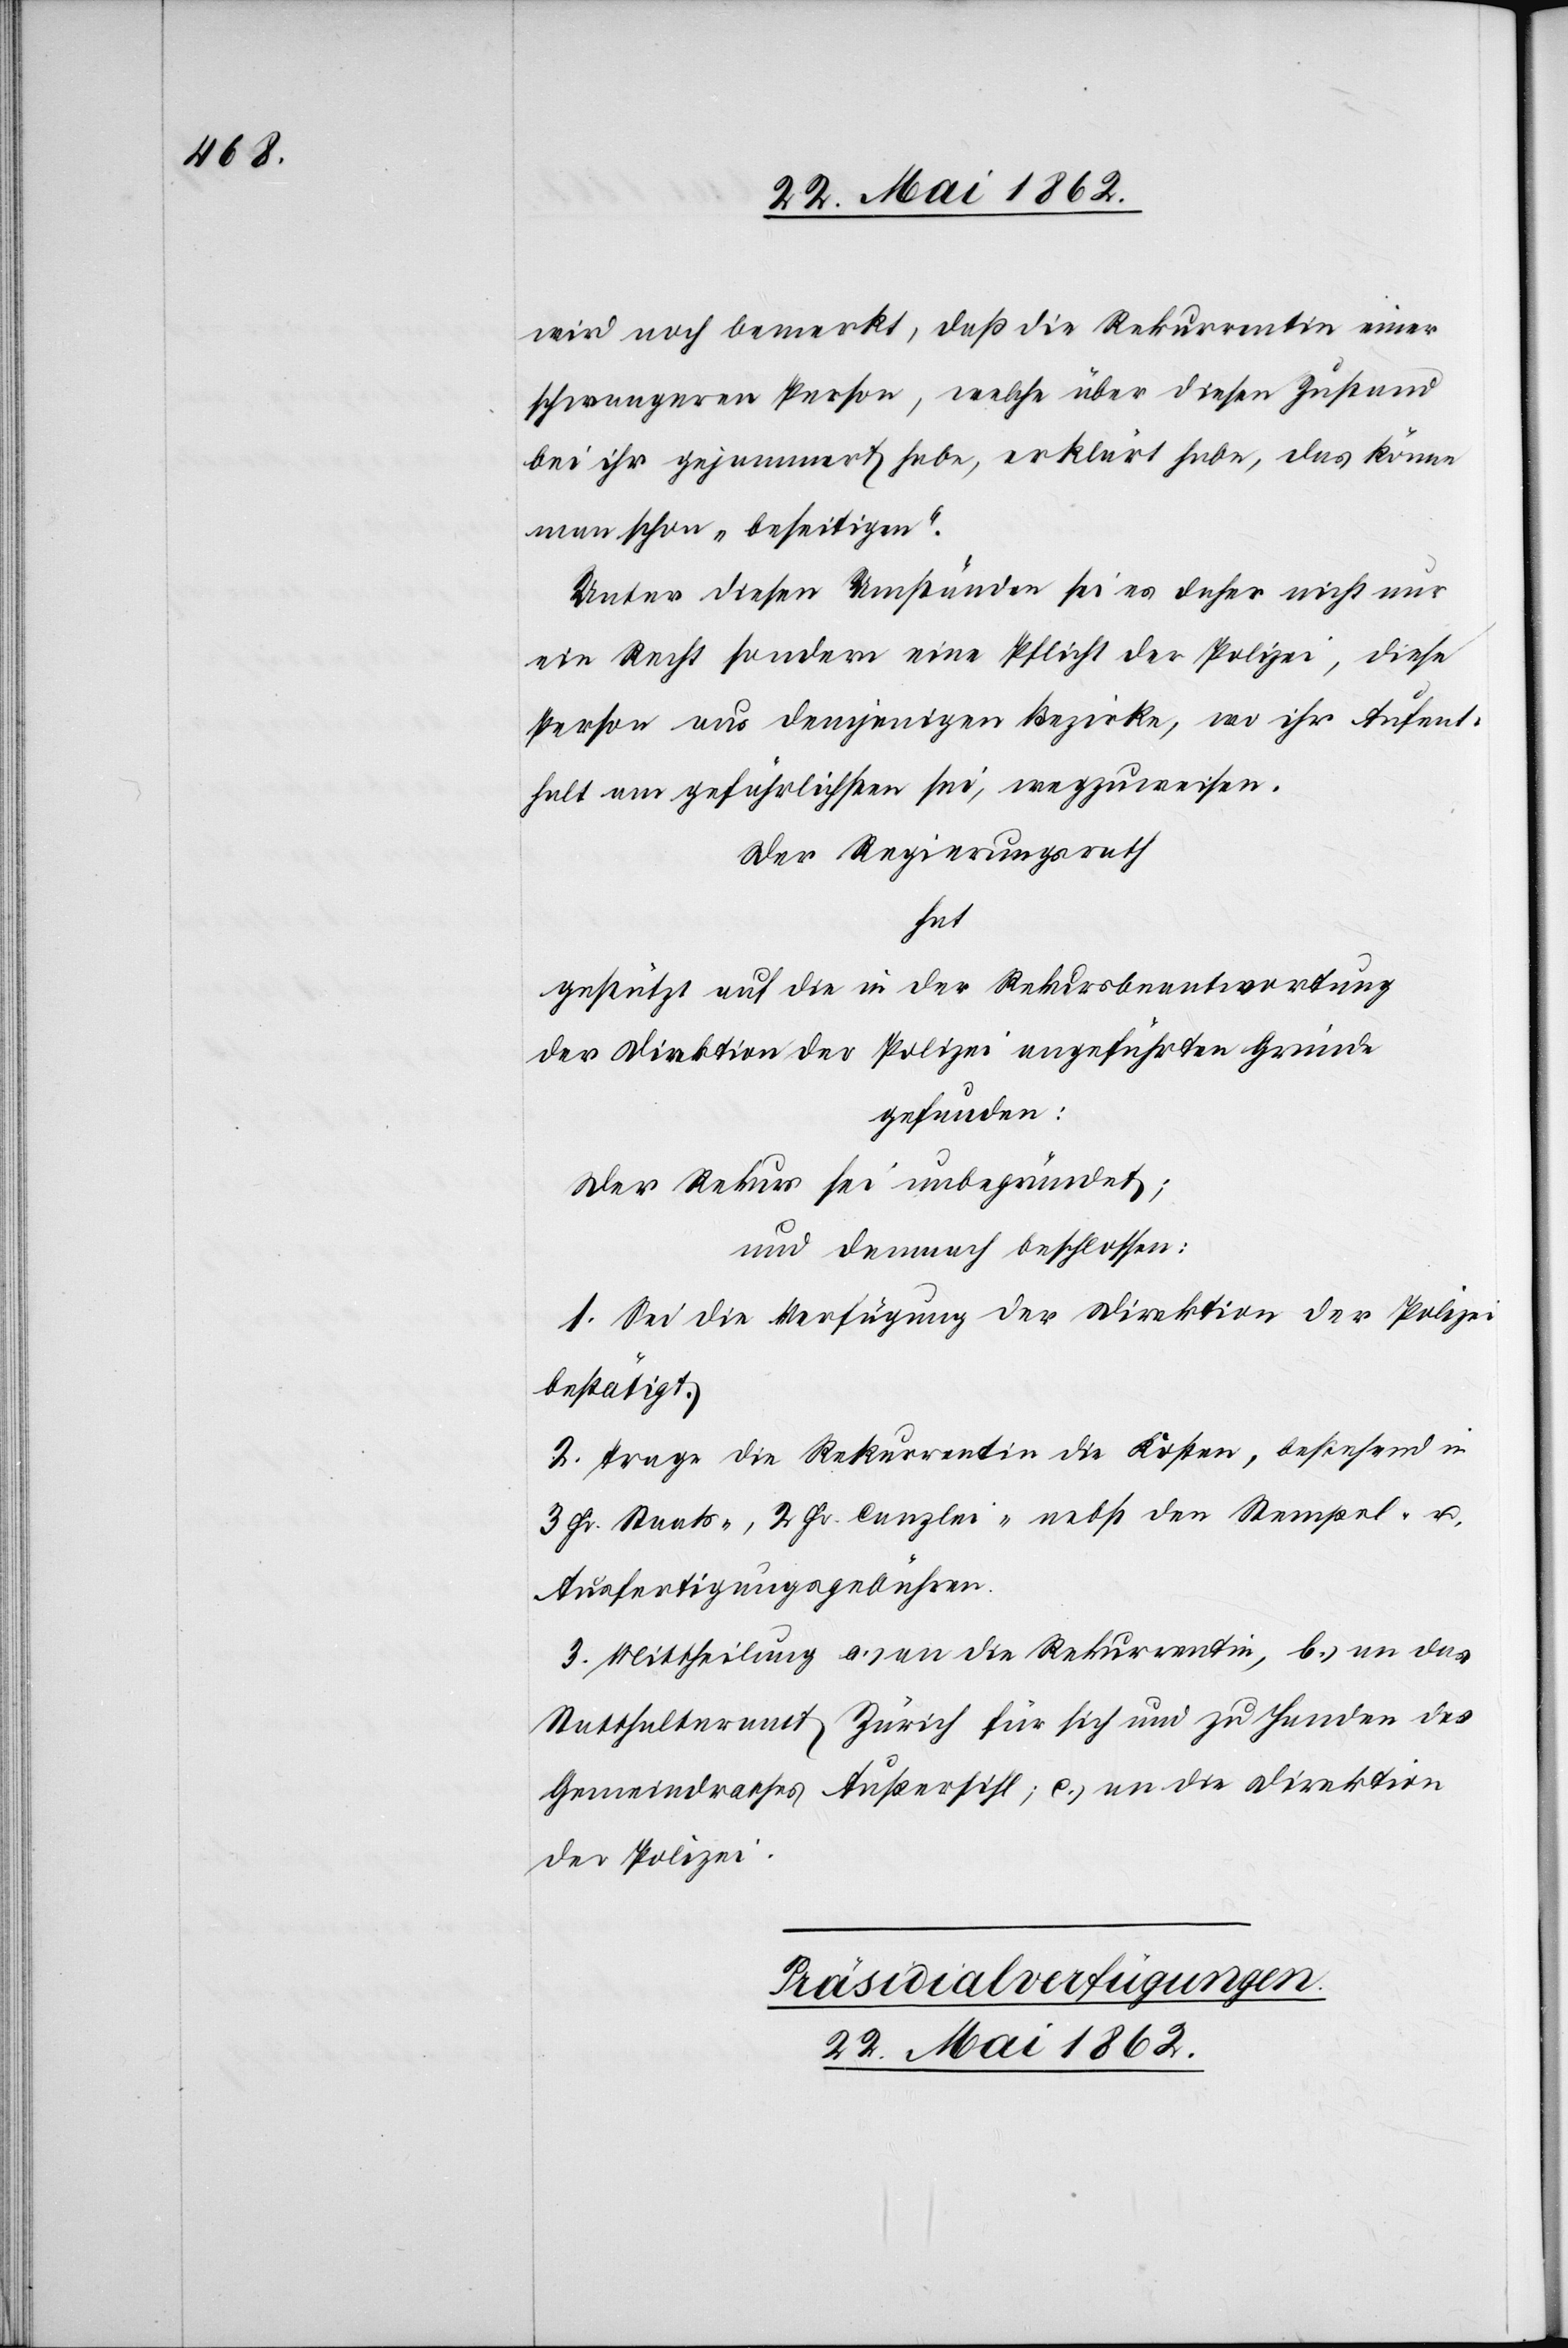
wird noch bemerkt, daß die Rekurrentin einer
schwangeren Person, welche über diesen Zustand
bei ihr gejammert habe, erklärt habe, das könne
man schon „beseitigen“.
Unter diesen Umständen sei es daher nicht nur
ein Recht sondern eine Pflicht der Polizei, diese
Peson aus demjenigen Bezirke, wo ihr Aufent¬
halt am gefährlichsten sei, wegzuweisen.
Der Regierungsrath
hat
gestützt auf die in der Rekursbeantwortung
der Direktion der Polizei angeführten Gründe
gefunden:
Der Rekurs sei unbegründet;
und demnach beschlossen:
1. Sei die Verfügung der Direktion der Polizei
bestätigt.
2. Trage die Rekurrentin die Kosten, bestehend in
3 Fr. Staats-[,] 2 Fr. Canzlei- nebst den Stempel- u.
Ausfertigungsgebühren.
3. Mittheilung a) an die Rekurrentin, b) an das
Statthalteramt Zürich für sich und zu Handen des
Gemeindrathes Außersihl; c) an die Direktion
der Polizei.
Präsidialverfügungen.
22. Mai 1862.